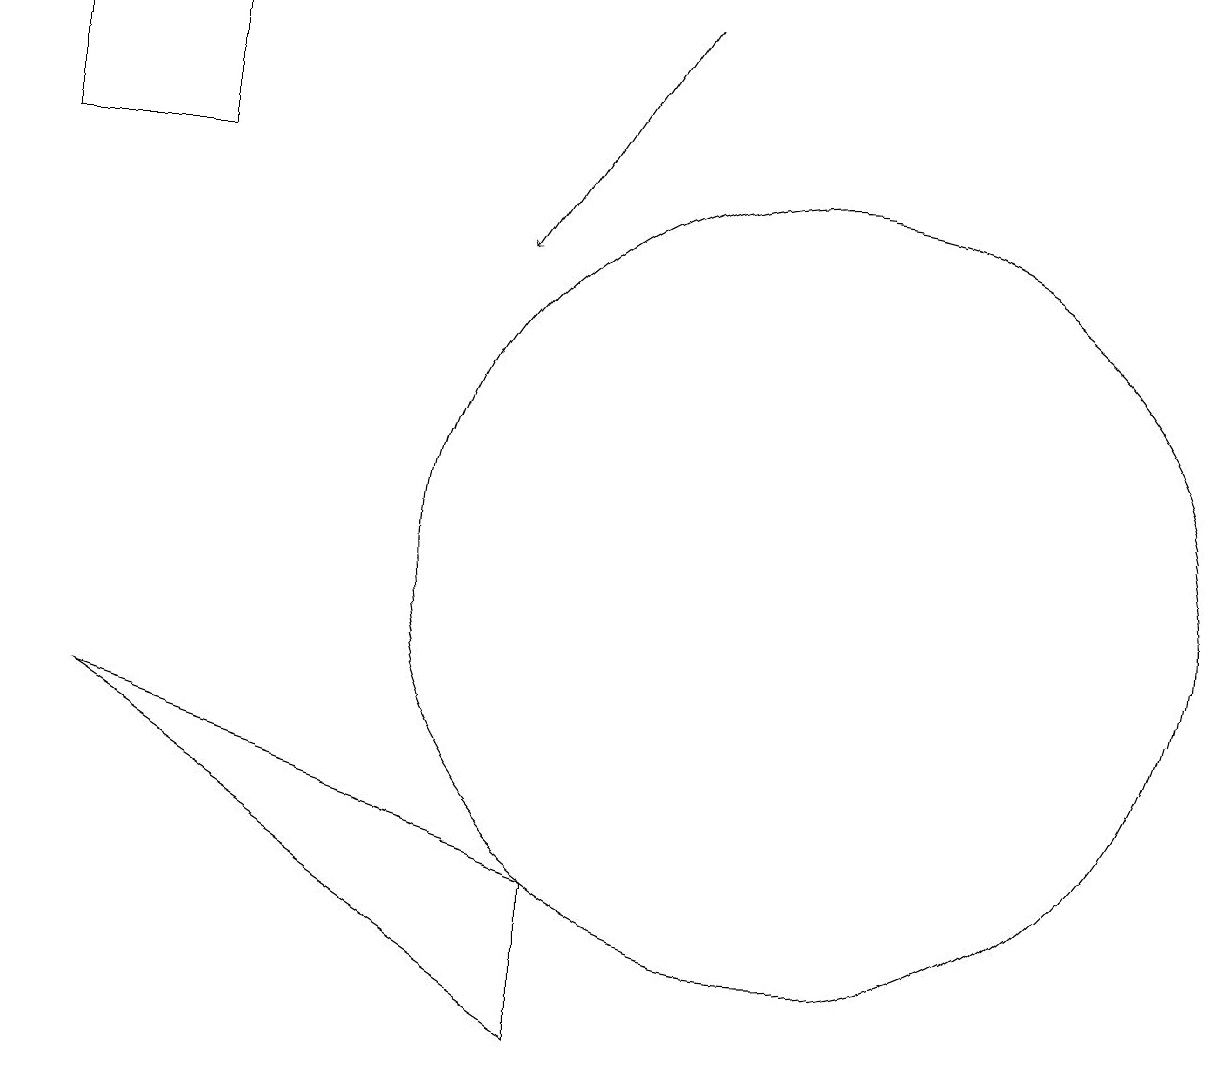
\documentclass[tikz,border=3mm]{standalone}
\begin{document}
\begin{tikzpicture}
\draw[->] (8,17) -- (6,14);
\draw (10,10) circle (5);
\draw (12,10) circle (0);
\draw (1,8) -- (7,4) -- (7,6) -- cycle;
\draw (2,17) rectangle (0,15);
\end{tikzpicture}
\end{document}